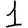
Digit: 1